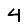
Digit: 4